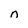
Character: n